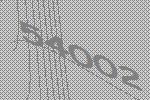
54002